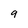
Character: 9